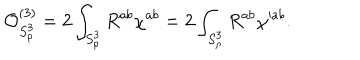
LaTeX: { \cal O } _ { S _ { \rho } ^ { 3 } } ^ { ( 3 ) } = 2 \int _ { S _ { \rho } ^ { 3 } } R ^ { a b } \chi ^ { a b } = 2 \int _ { S _ { \rho } ^ { 3 } } R ^ { a b } \chi ^ { \prime a b } .